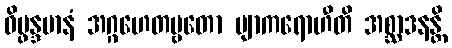
ဝိပ္ဖန္ဒမာနံ အဂ္ဂဟေတဗ္ဗတော ဗျာကရောဟီတိ အစ္ဆာဒနန္တိ